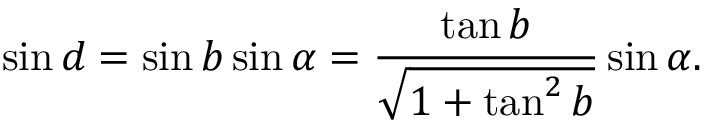
\sin d = \sin b \sin \alpha = { \frac { \tan b } { \sqrt { 1 + \tan ^ { 2 } b } } } \sin \alpha .